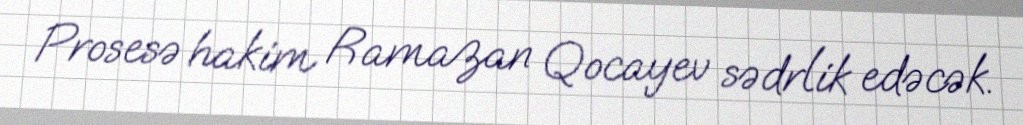
Prosesə hakim Ramazan Qocayev sədrlik edəcək.